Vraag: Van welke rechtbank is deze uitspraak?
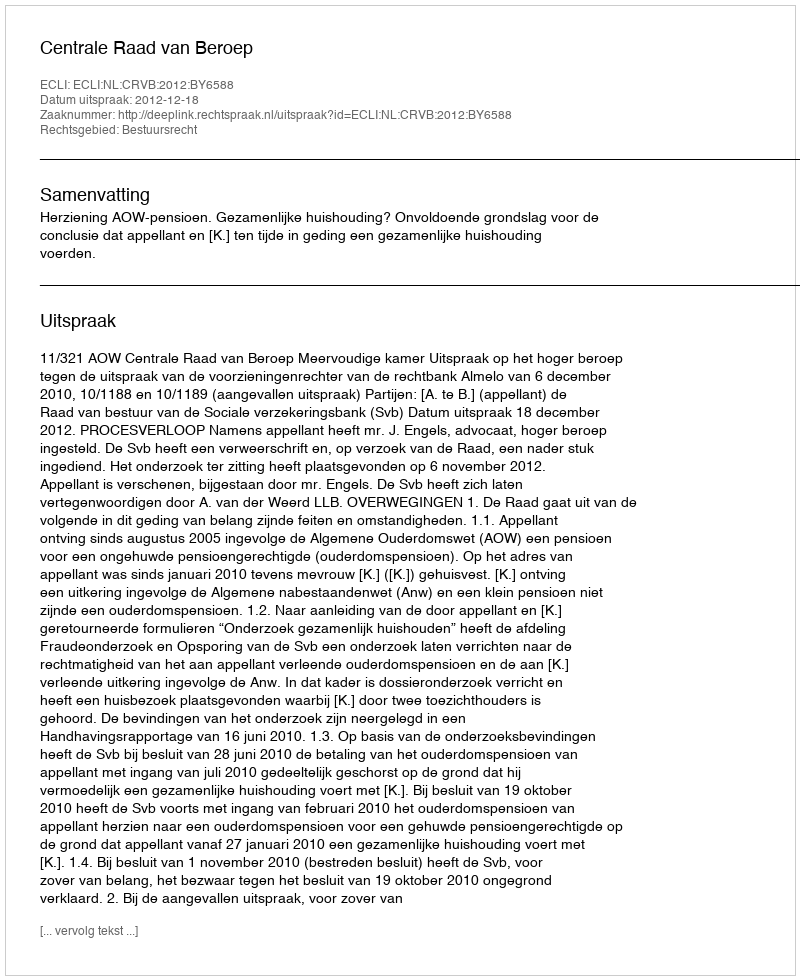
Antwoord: Centrale Raad van Beroep